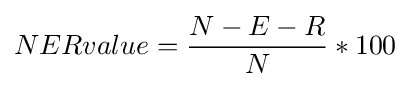
NERvalue={\frac {N-E-R}{N}}*100